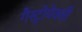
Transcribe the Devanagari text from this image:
गैस्ट्रोपेक्सी